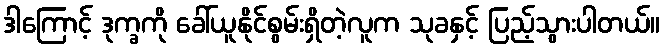
ဒါကြောင့် ဒုက္ခကို ခေါ်ယူနိုင်စွမ်းရှိတဲ့လူက သုခနှင့် ပြည့်သွားပါတယ်။